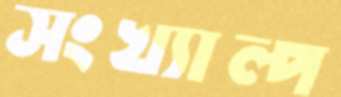
সংখ্যাল্প